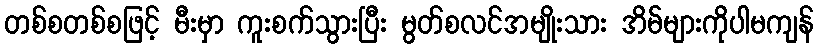
တစ်စတစ်စဖြင့် မီးမှာ ကူးစက်သွားပြီး မွတ်စလင်အမျိုးသား အိမ်များကိုပါမကျန်